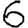
Digit: 6